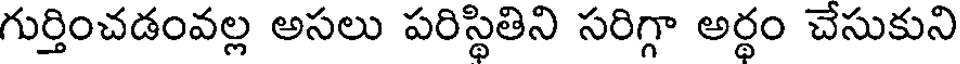
గుర్తించడంవల్ల అసలు పరిస్థితిని సరిగ్గా అర్థం చేసుకుని